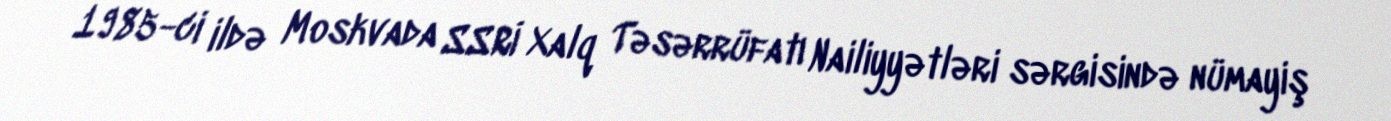
1985-ci ildə Moskvada SSRİ Xalq Təsərrüfatı Nailiyyətləri sərgisində nümayiş